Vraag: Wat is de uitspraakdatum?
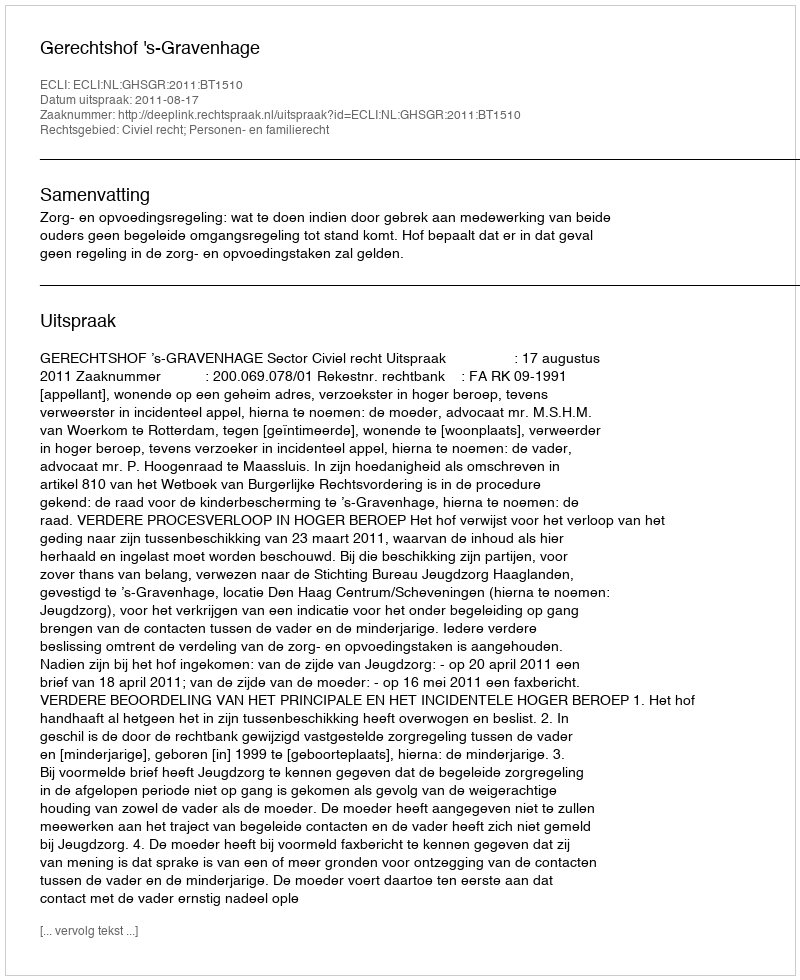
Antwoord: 2011-08-17